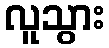
လူသွား